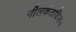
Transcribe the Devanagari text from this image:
नीलकंठविजय